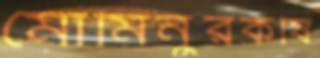
মোমিনুরকষি